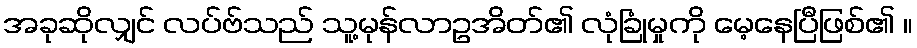
အခုဆိုလျှင် လပ်ဗ်သည် သူ့မုန်လာဥအိတ်၏ လုံခြုံမှုကို မေ့နေပြီဖြစ်၏ ။